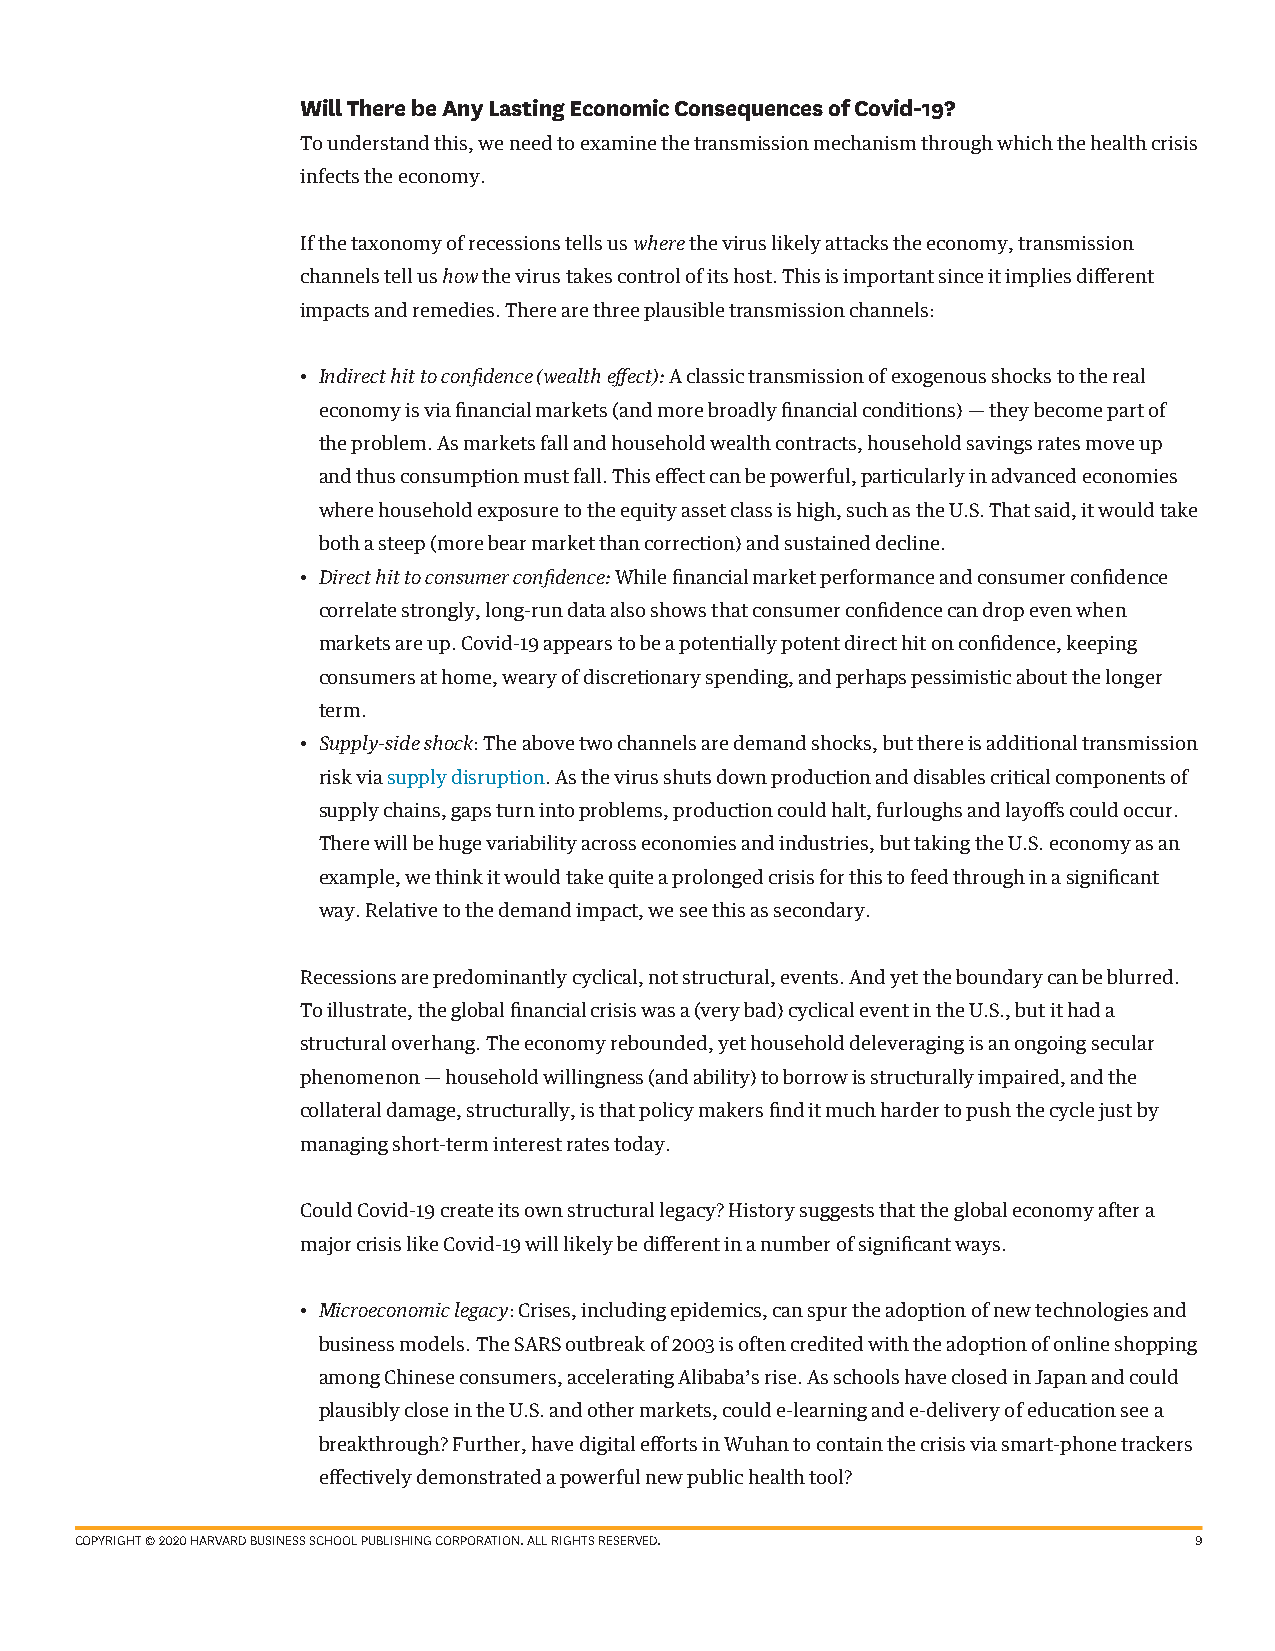
Will There be Any Lasting Economic Consequences of Covid-19?
 To understand this, we need to examine the transmission mechanism through which the health crisis
 infects the economy.
 If the taxonomy of recessions tells us where the virus likely attacks the economy, transmission
 channels tell us how the virus takes control of its host. This is important since it implies different
 impacts and remedies. There are three plausible transmission channels:
 • Indirect hit to confidence (wealth effect): A classic transmission of exogenous shocks to the real
 economy is via financial markets (and more broadly financial conditions) — they become part of
 the problem. As markets fall and household wealth contracts, household savings rates move up
 and thus consumption must fall. This effect can be powerful, particularly in advanced economies
 where household exposure to the equity asset class is high, such as the U.S. That said, it would take
 both a steep (more bear market than correction) and sustained decline.
 • Direct hit to consumer confidence: While financial market performance and consumer confidence
 correlate strongly, long-run data also shows that consumer confidence can drop even when
 markets are up. Covid-19 appears to be a potentially potent direct hit on confidence, keeping
 consumers at home, weary of discretionary spending, and perhaps pessimistic about the longer
 term.
 • Supply-side shock: The above two channels are demand shocks, but there is additional transmission
 risk via supply disruption. As the virus shuts down production and disables critical components of
 supply chains, gaps turn into problems, production could halt, furloughs and layoffs could occur.
 There will be huge variability across economies and industries, but taking the U.S. economy as an
 example, we think it would take quite a prolonged crisis for this to feed through in a significant
 way. Relative to the demand impact, we see this as secondary.
 Recessions are predominantly cyclical, not structural, events. And yet the boundary can be blurred.
 To illustrate, the global financial crisis was a (very bad) cyclical event in the U.S., but it had a
 structural overhang. The economy rebounded, yet household deleveraging is an ongoing secular
 phenomenon — household willingness (and ability) to borrow is structurally impaired, and the
 collateral damage, structurally, is that policy makers find it much harder to push the cycle just by
 managing short-term interest rates today.
 Could Covid-19 create its own structural legacy? History suggests that the global economy after a
 major crisis like Covid-19 will likely be different in a number of significant ways.
 • Microeconomic legacy: Crises, including epidemics, can spur the adoption of new technologies and
 business models. The SARS outbreak of 2003 is often credited with the adoption of online shopping
 among Chinese consumers, accelerating Alibaba’s rise. As schools have closed in Japan and could
 plausibly close in the U.S. and other markets, could e-learning and e-delivery of education see a
 breakthrough? Further, have digital efforts in Wuhan to contain the crisis via smart-phone trackers
 effectively demonstrated a powerful new public health tool?
 COPYRIGHT © 2020 HARVARD BUSINESS SCHOOL PUBLISHING CORPORATION. ALL RIGHTS RESERVED. 9